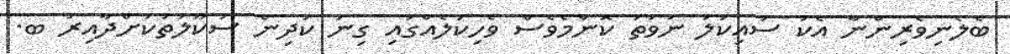
ބެލެނިވެރިންނާ އެކު ސައިކަލު ނުވަތަ ކޮންމެވެސް ވެހިކަލެއްގައި ގިނަ ކުދިން ސުކޫލުތަކަށްދާއިރު ބ.